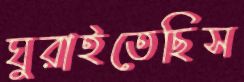
ঘুরাইতেছিস